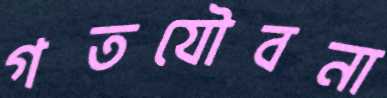
গতযৌবনা